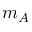
m _ { A }